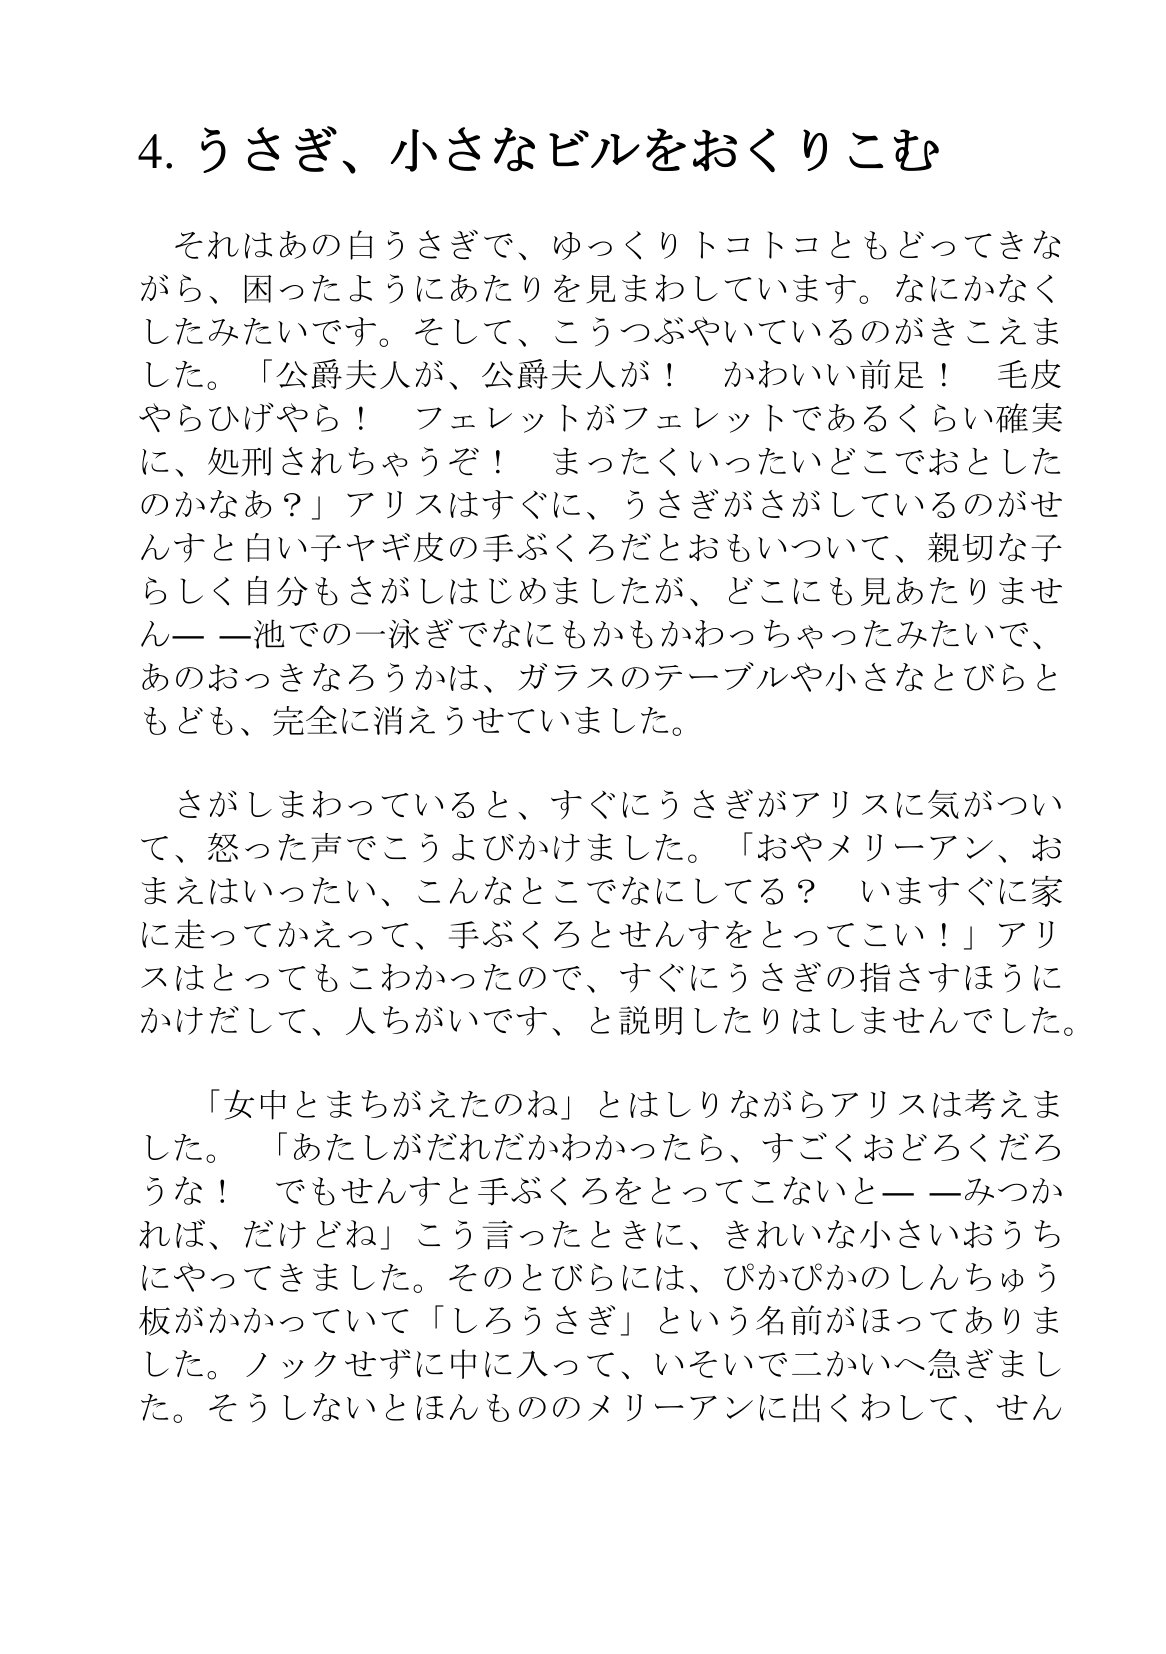
Language: ja